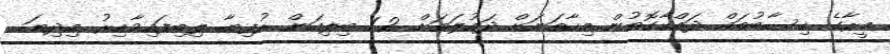
މީރާގެ ހިސާބުތައް ދައްކާގޮތުން މިހާތަނަށް ދައުލަތަށް 1.2 ބިލިއަން ރުފިޔާ ލިބިފައިވާއިރު މިދިޔަ